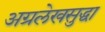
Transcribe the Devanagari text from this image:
अग्रलेखसुद्धा